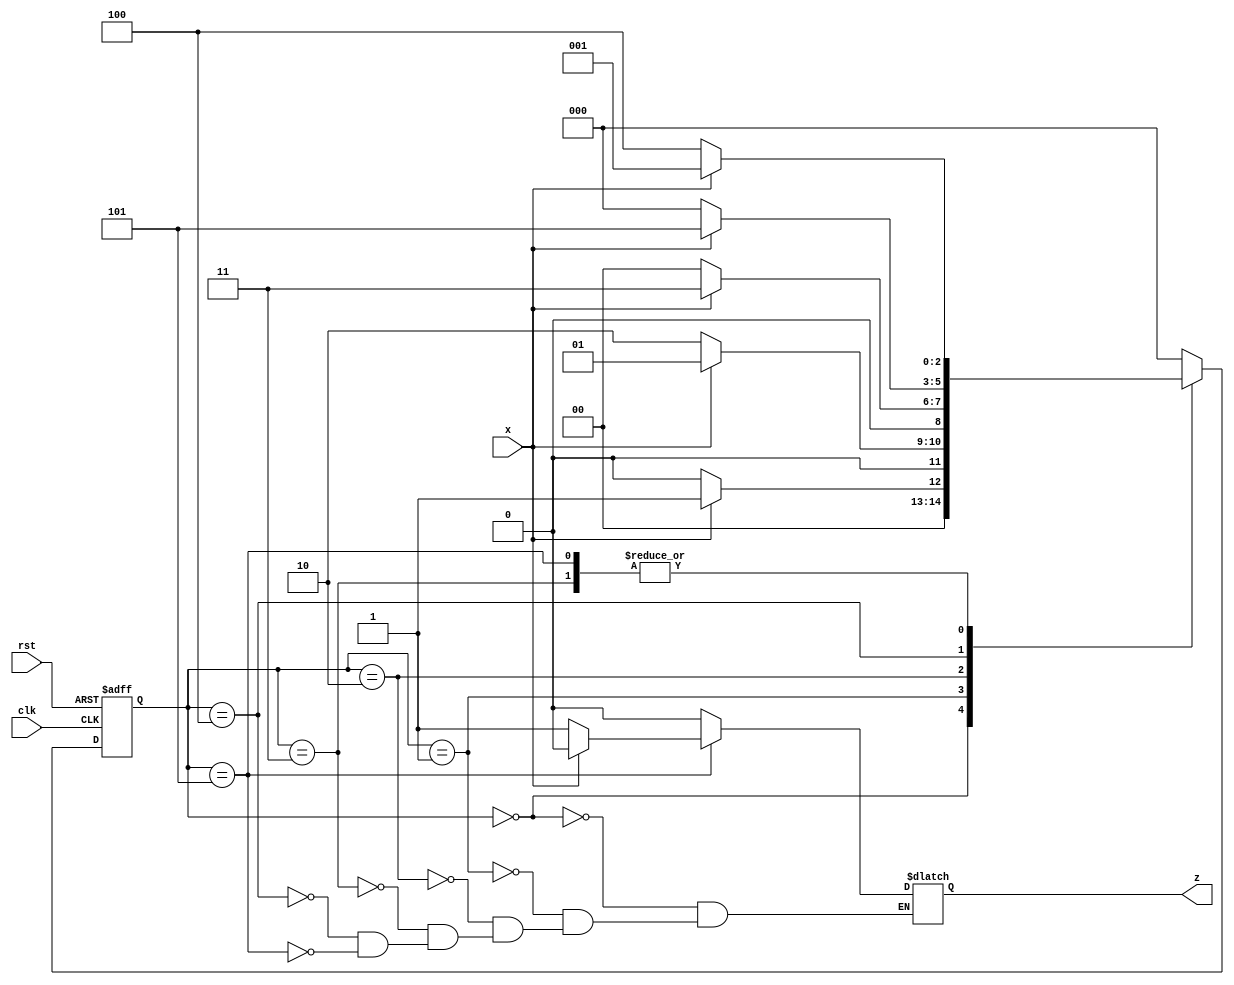
//Detect the pattern 101010
//Number of states required is 6
module seq_detector_2 (clk,rst, x, z);
input x,clk, rst;
output reg z;
parameter s0 = 0, s1 = 1, s2 = 2, s3 = 3, s4 = 4, s5 = 5;
reg [2:0] PS,NS;
always @(posedge clk, posedge rst) begin
    if(rst) PS <= s0;
    else PS <= NS;
end

always @(PS, x) begin
    case (PS)
    s0 : begin
        NS = x ? s1 : s0;
        z = 0;
    end
    s1 : begin
        NS = x ? s1 : s2;
        z = 0;
    end
    s2 : begin
        NS = x ? s3 : s0;
        z = 0;
    end
    s3 : begin
        NS = x ? s1 : s4;
        z = 0;
    end
    s4 : begin
        NS = x ? s5 : s0;
        z = 0;
    end
    s5 : begin
        NS = x ? s1 : s4;
        z = x ? 0 : 1;
    end
    default : begin
        NS = s0;
    end 
    endcase
end
endmodule